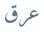
عرق